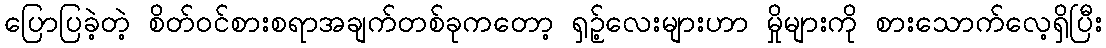
ပြောပြခဲ့တဲ့ စိတ်ဝင်စားစရာအချက်တစ်ခုကတော့ ရှဉ့်လေးများဟာ မှိုများကို စားသောက်လေ့ရှိပြီး